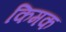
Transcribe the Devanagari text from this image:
किमक